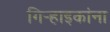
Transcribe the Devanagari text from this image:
गिर्‍हाइकांना